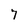
Character: 7